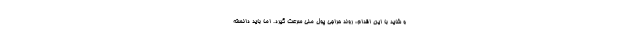
و شاید با این اقدام، روند حراجی پول ملی سرعت گیرد. اما باید دانسته